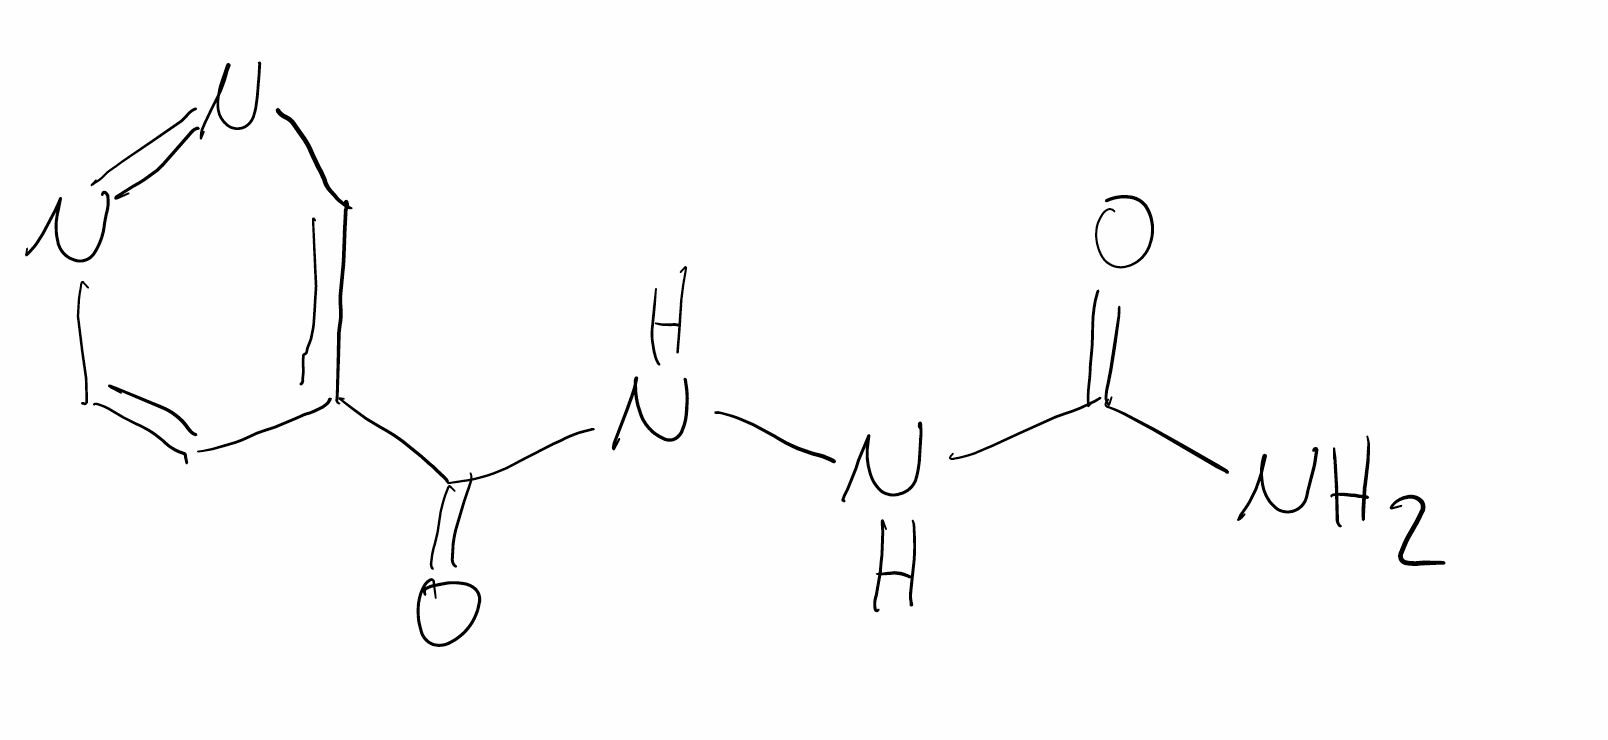
Simplified molecular-input line-entry system (SMILES) notation of the given molecule:
C1=CN=NC=C1C(=O)NNC(=O)N